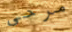
مرحى